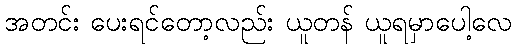
အတင်း ပေးရင်တော့လည်း ယူတန် ယူရမှာပေါ့လေ